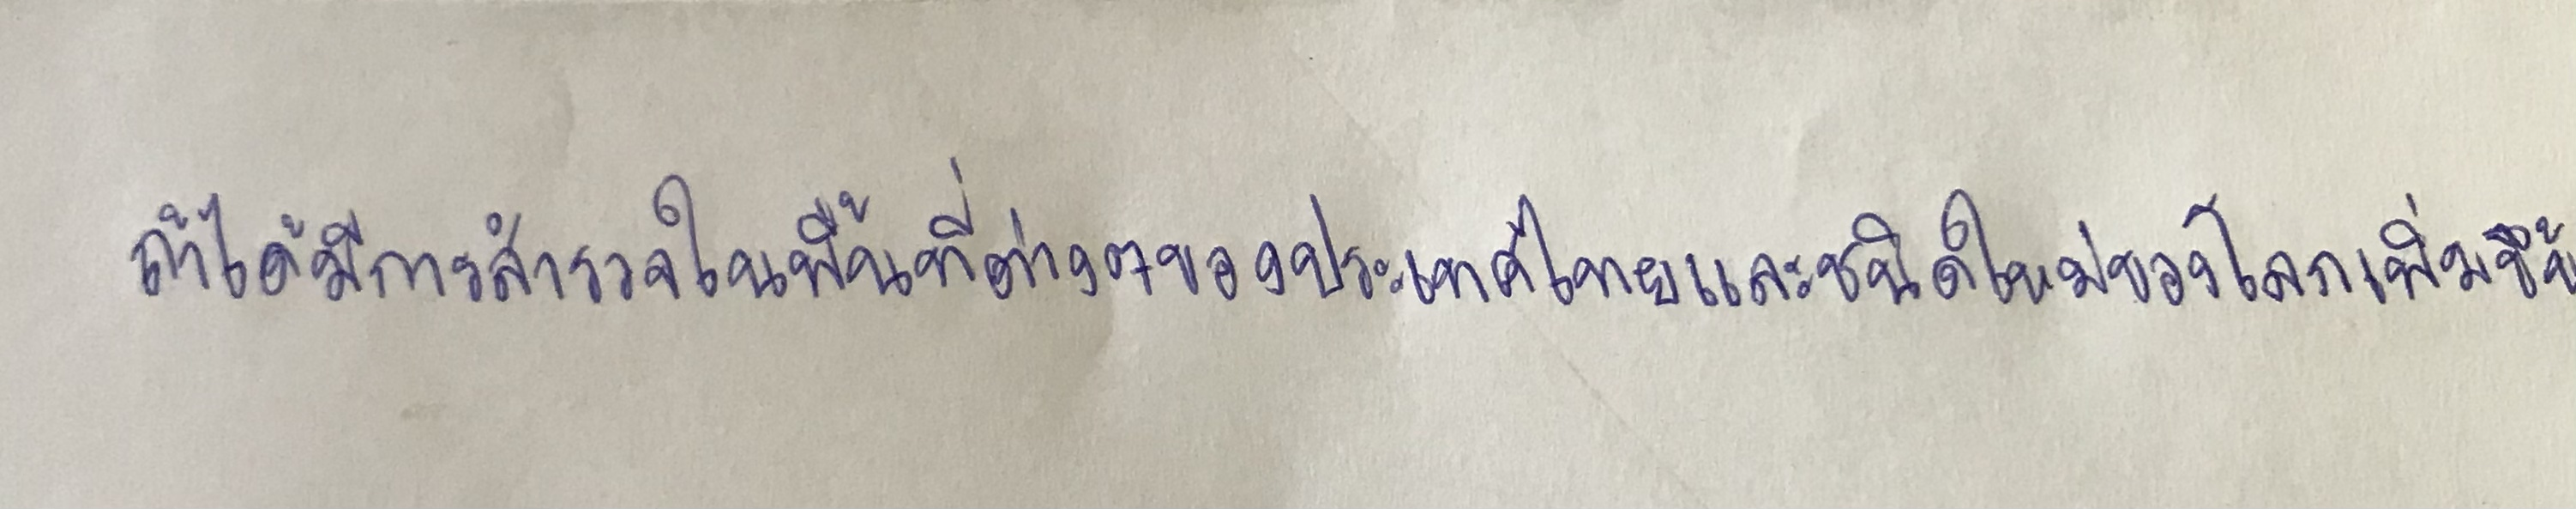
ถ้าได้มีการสำรวจในพื้นที่ต่างๆของประเทศไทยและชนิดใหม่ของโลกเพิ่มขึ้น